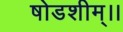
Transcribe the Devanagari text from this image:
षोडशीम्।।